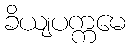
ခိယျပက္ကမေ